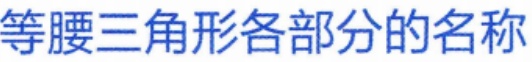
等腰三角形各部分的名称